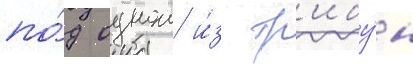
по́д однои и́з тр'ибу́н